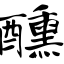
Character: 醺